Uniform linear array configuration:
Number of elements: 24
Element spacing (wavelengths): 0.5
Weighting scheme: hann
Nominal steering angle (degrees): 15
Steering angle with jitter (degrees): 15.92
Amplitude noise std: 0.05
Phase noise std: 0.05

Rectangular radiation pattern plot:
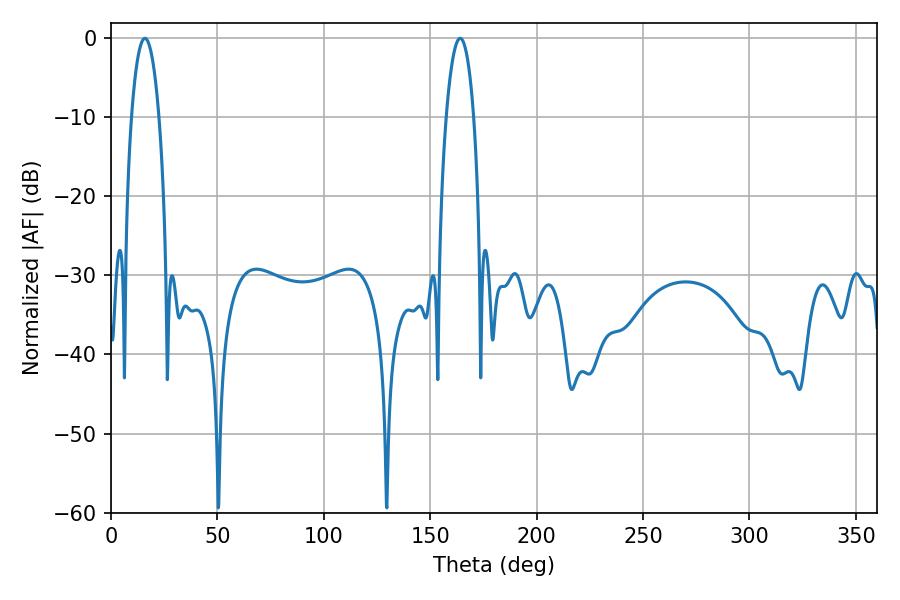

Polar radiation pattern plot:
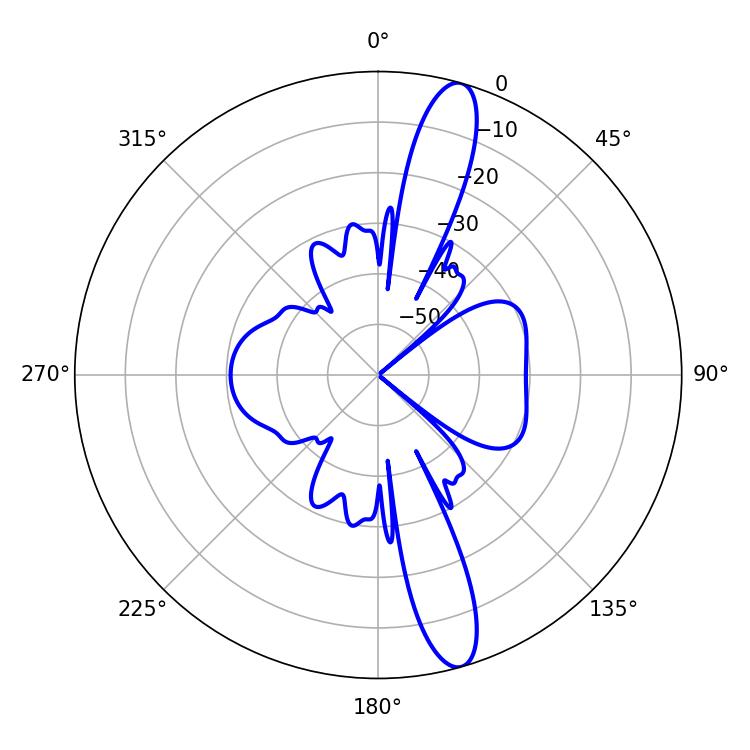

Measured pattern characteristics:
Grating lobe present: FALSE
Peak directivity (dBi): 14.284
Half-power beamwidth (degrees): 7.2
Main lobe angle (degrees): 15.84